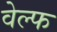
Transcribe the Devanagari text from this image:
वेल्फ